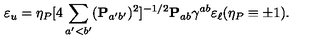
\varepsilon _ { u } = \eta _ { P } [ 4 \sum _ { a ^ { \prime } < b ^ { \prime } } ( { \bf P } _ { a ^ { \prime } b ^ { \prime } } ) ^ { 2 } ] ^ { - 1 / 2 } { \bf P } _ { a b } \gamma ^ { a b } \varepsilon _ { \ell } ( \eta _ { P } \equiv \pm 1 ) .